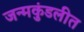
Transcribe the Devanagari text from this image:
जन्मकुंडलीत